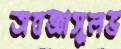
অবজ্ঞাসুলভ